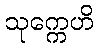
သုက္ကေဟိ